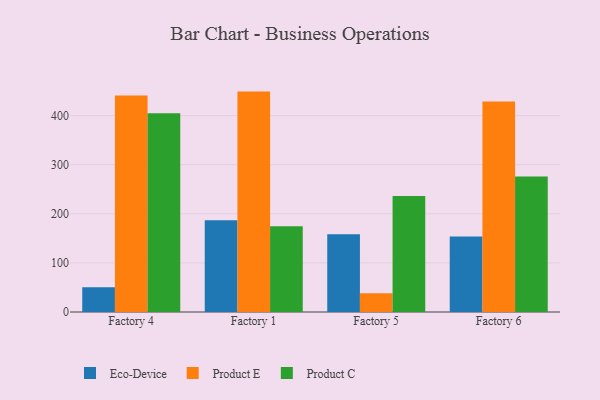
{"axis": {"x": "Factory", "y": "Population (Million)"}, "legend": ["Eco-Device", "Product C", "Product E"], "data": [{"x": "Factory 4", "y": 50.5, "type": "Eco-Device"}, {"x": "Factory 4", "y": 441.2, "type": "Product E"}, {"x": "Factory 4", "y": 404.6, "type": "Product C"}, {"x": "Factory 1", "y": 187.0, "type": "Eco-Device"}, {"x": "Factory 1", "y": 448.9, "type": "Product E"}, {"x": "Factory 1", "y": 174.7, "type": "Product C"}, {"x": "Factory 5", "y": 158.3, "type": "Eco-Device"}, {"x": "Factory 5", "y": 38.1, "type": "Product E"}, {"x": "Factory 5", "y": 236.4, "type": "Product C"}, {"x": "Factory 6", "y": 153.7, "type": "Eco-Device"}, {"x": "Factory 6", "y": 428.5, "type": "Product E"}, {"x": "Factory 6", "y": 275.9, "type": "Product C"}]}